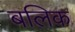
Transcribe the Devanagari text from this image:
बलिक